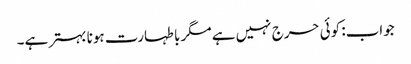
جواب: کوئی حرج نہیں ہے مگر با طہارت ہونا بہتر ہے۔